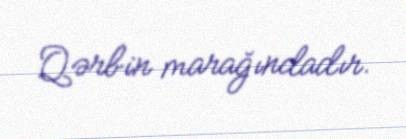
Qərbin marağındadır.